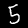
Label: 5